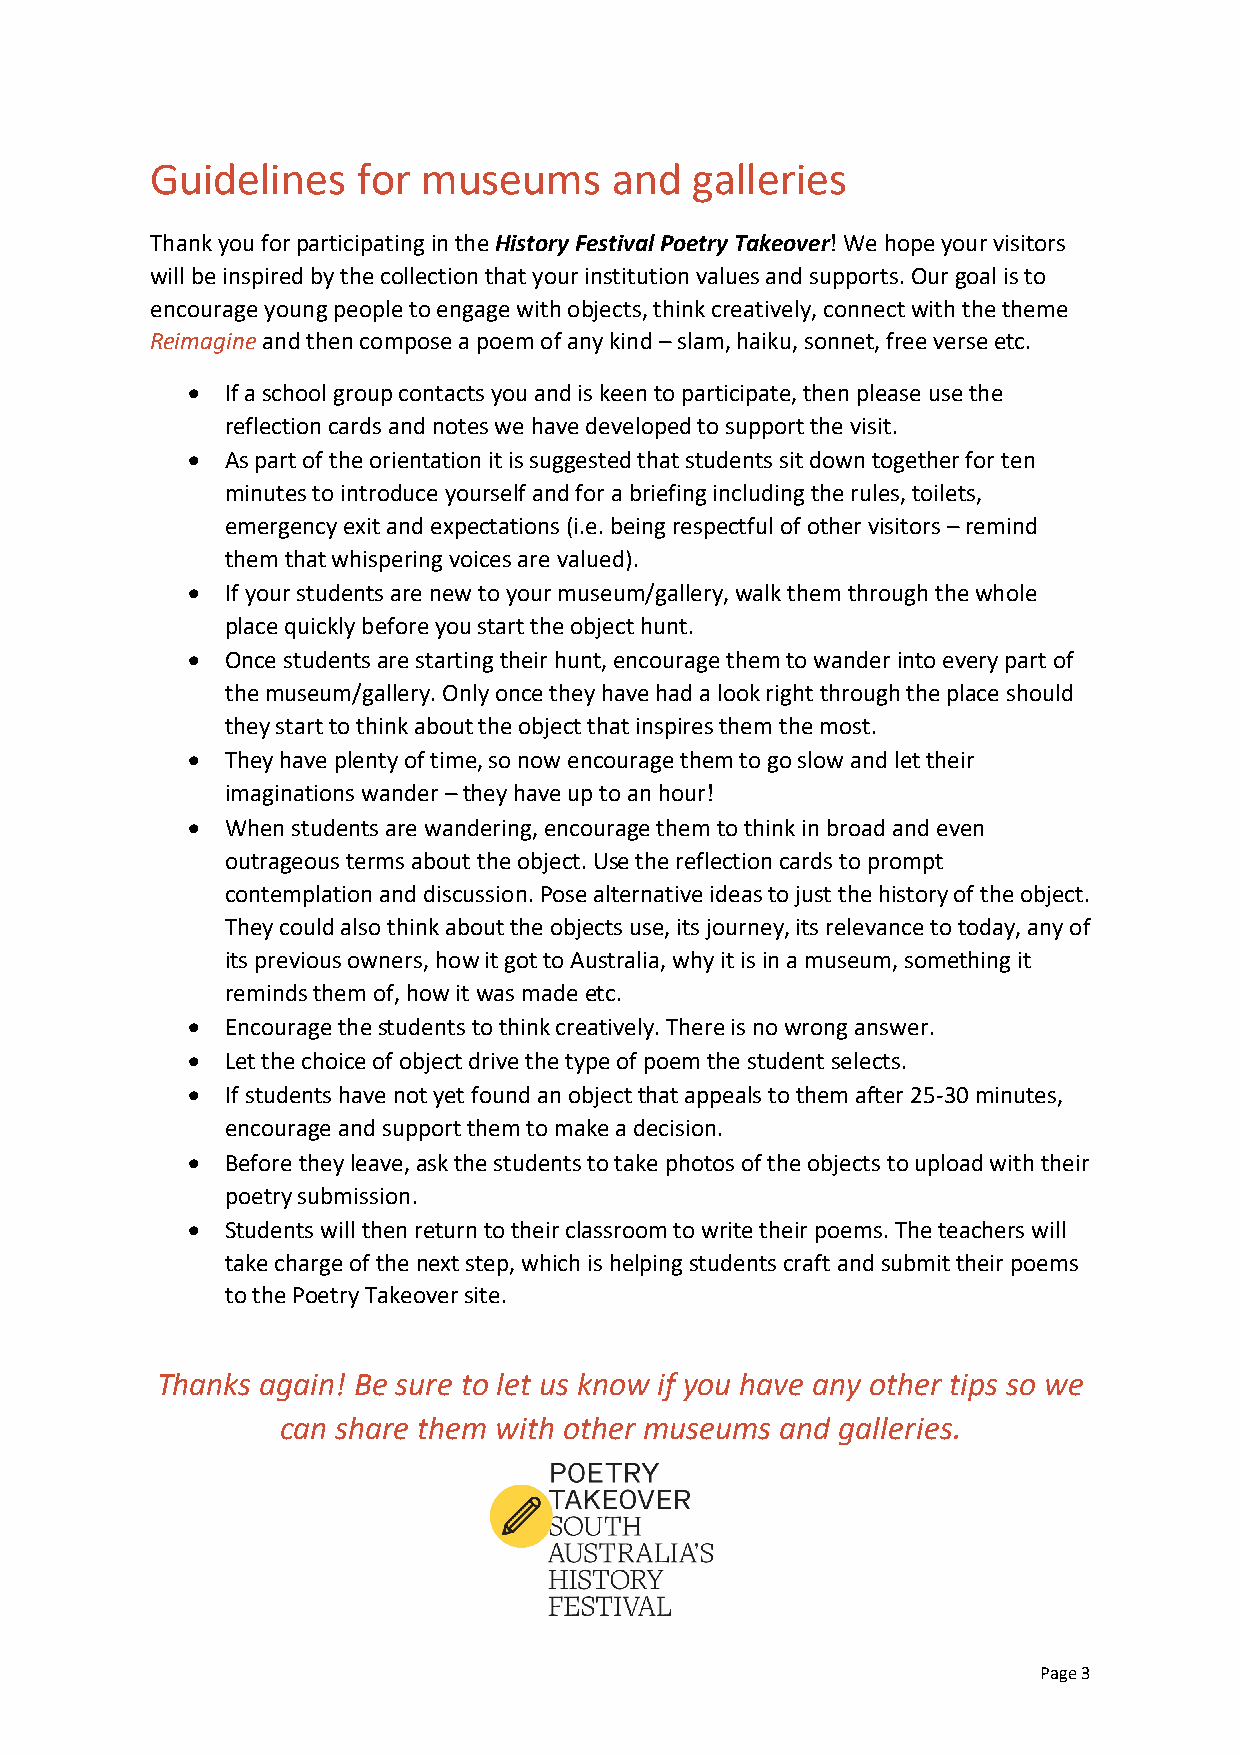
Guidelines    for museums     and   galleries
 Thank you for participating in the History Festival Poetry Takeover! We hope your visitors
 will be inspired by the collection that your institution values and supports. Our goal is to
 encourage young people to engage with objects, think creatively, connect with the theme
 Reimagine and then compose a poem of any kind – slam, haiku, sonnet, free verse etc.
 •  If a school group contacts you and is keen to participate, then please use the
 reflection cards and notes we have developed to support the visit.
 •  As part of the orientation it is suggested that students sit down together for ten
 minutes to introduce yourself and for a briefing including the rules, toilets,
 emergency exit and expectations (i.e. being respectful of other visitors – remind
 them that whispering voices are valued).
 •  If your students are new to your museum/gallery, walk them through the whole
 place quickly before you start the object hunt.
 •  Once students are starting their hunt, encourage them to wander into every part of
 the museum/gallery. Only once they have had a look right through the place should
 they start to think about the object that inspires them the most.
 •  They have plenty of time, so now encourage them to go slow and let their
 imaginations wander – they have up to an hour!
 •  When students are wandering, encourage them to think in broad and even
 outrageous terms about the object. Use the reflection cards to prompt
 contemplation and discussion. Pose alternative ideas to just the history of the object.
 They could also think about the objects use, its journey, its relevance to today, any of
 its previous owners, how it got to Australia, why it is in a museum, something it
 reminds them of, how it was made etc.
 •  Encourage the students to think creatively. There is no wrong answer.
 •  Let the choice of object drive the type of poem the student selects.
 •  If students have not yet found an object that appeals to them after 25-30 minutes,
 encourage and support them to make a decision.
 •  Before they leave, ask the students to take photos of the objects to upload with their
 poetry submission.
 •  Students will then return to their classroom to write their poems. The teachers will
 take charge of the next step, which is helping students craft and submit their poems
 to the Poetry Takeover site.
 Thanks again! Be sure to let us know if you have any other tips so we
 can share them with other museums and galleries.
 Page 3